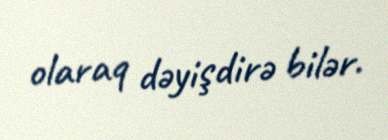
olaraq dəyişdirə bilər.